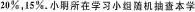
\frac{20}{100}，\frac{分15}{100}。小明在学习小组随机抽查本